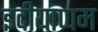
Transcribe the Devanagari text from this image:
इदीयाप्पम